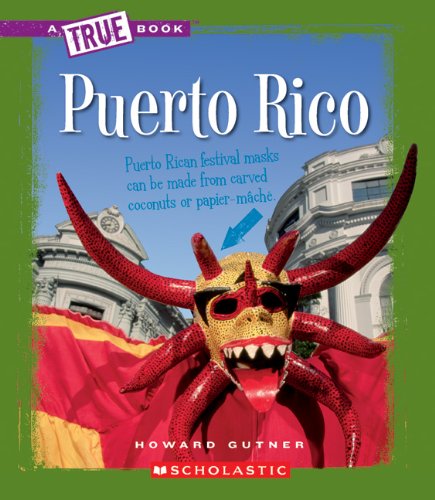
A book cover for Puerto Rico (True Books: Countries); Howard Gutner; Travel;